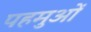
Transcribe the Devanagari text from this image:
पहमुओं